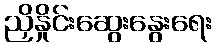
ညှိနှိုင်းဆွေးနွေးရေး